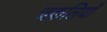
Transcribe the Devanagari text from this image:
चकलियाँ